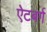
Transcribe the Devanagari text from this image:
ऐटबर्ग